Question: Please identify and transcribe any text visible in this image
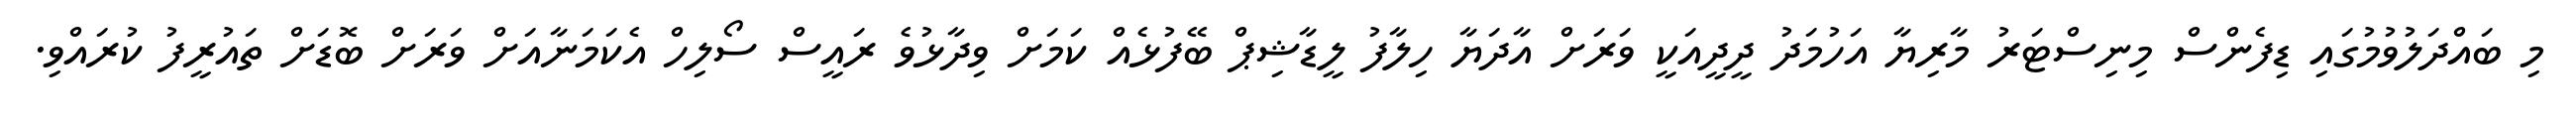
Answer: މި ބައްދަލުވުމުގައި ޑިފެންސް މިނިސްޓަރު މާރިޔާ އަހުމަދު ދީދީއަކީ ވަރަށް އާދަޔާ ހިލާފު ލީޑާޝިޕް ބޭފުޅެއް ކަމަށް ވިދާޅުވެ ރައީސް ސޯލިހް އެކަމަނާއަށް ވަރަށް ބޮޑަށް ތައުރީފު ކުރައްވި.